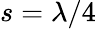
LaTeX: s=\lambda/4